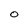
Character: O